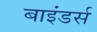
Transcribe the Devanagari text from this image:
बाइंडर्स